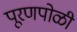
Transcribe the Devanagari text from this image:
पूरणपोळी